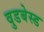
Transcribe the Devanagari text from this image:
वुडबेस्ड